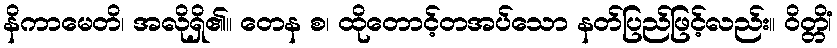
နိကာမေတိ၊ အလိုရှိ၏။ တေန စ၊ ထိုတောင့်တအပ်သော နတ်ပြည်ဖြင့်လည်း။ ဝိတ္တိံ၊